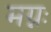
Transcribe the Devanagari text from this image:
मग्नः